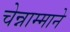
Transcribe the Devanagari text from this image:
चेन्नाम्माने